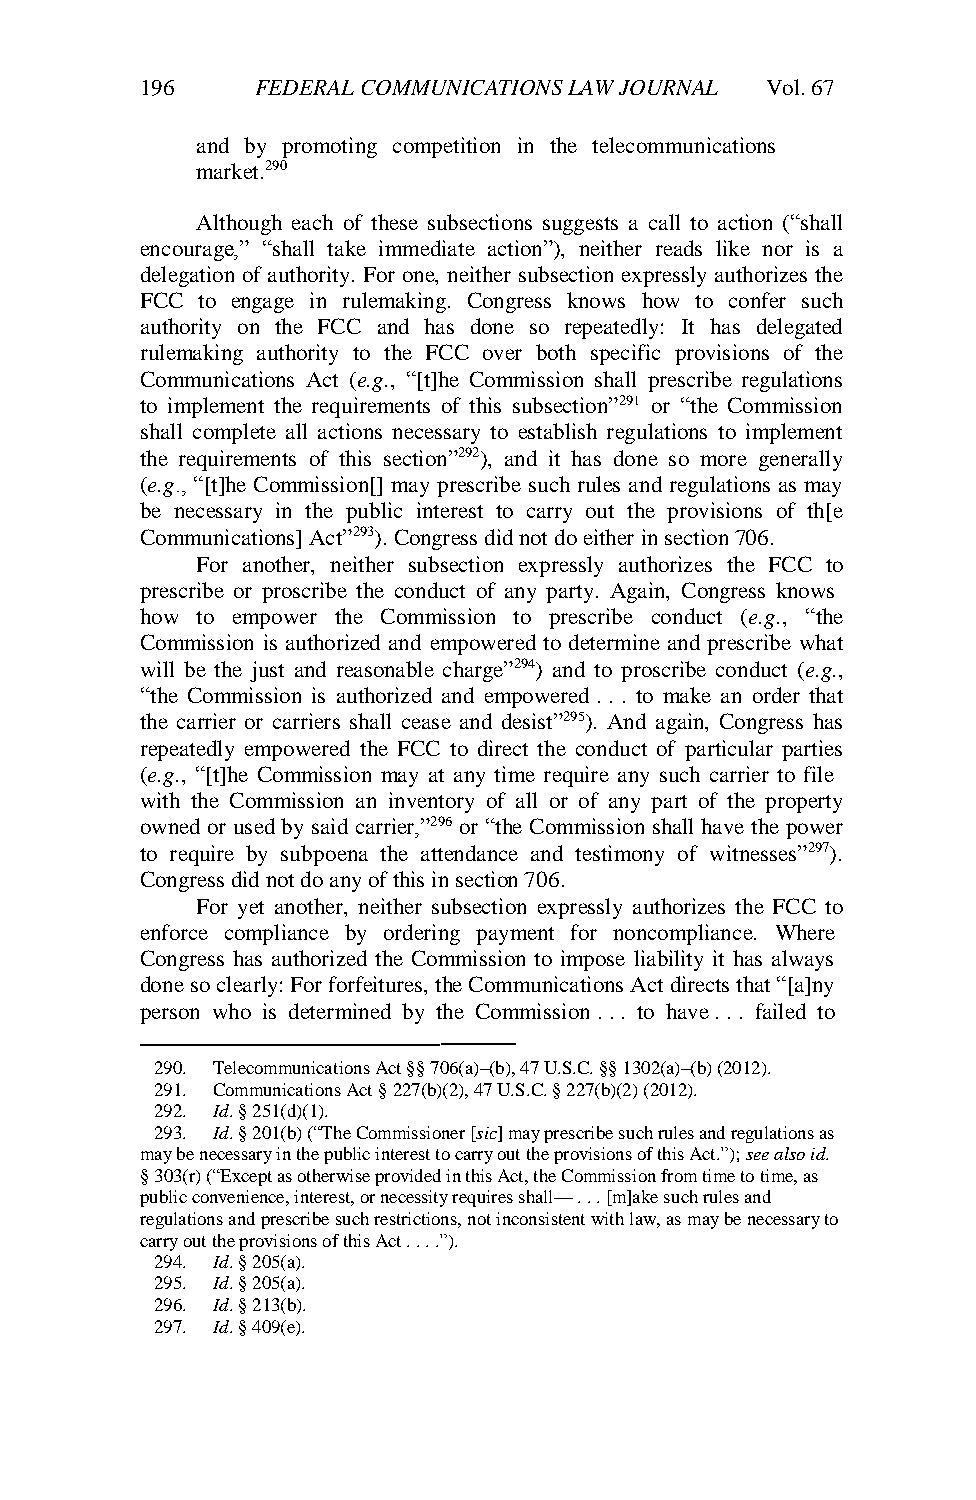
196     FEDERAL COMMUNICATIONS LAW JOURNAL Vol. 67
 and by promoting competition in the telecommunications
 market.290
 Although each of these subsections suggests a call to action (“shall
 encourage,” “shall take immediate action”), neither reads like nor is a
 delegation of authority. For one, neither subsection expressly authorizes the
 FCC to engage in rulemaking. Congress knows how to confer such
 authority on the FCC and has done so repeatedly: It has delegated
 rulemaking authority to the FCC over both specific provisions of the
 Communications Act (e.g., “[t]he Commission shall prescribe regulations
 to implement the requirements of this subsection”291 or “the Commission
 shall complete all actions necessary to establish regulations to implement
 the requirements of this section”292), and it has done so more generally
 (e.g., “[t]he Commission[] may prescribe such rules and regulations as may
 be necessary in the public interest to carry out the provisions of th[e
 Communications] Act”293). Congress did not do either in section 706.
 For another, neither subsection expressly authorizes the FCC to
 prescribe or proscribe the conduct of any party. Again, Congress knows
 how to empower the Commission to prescribe conduct (e.g., “the
 Commission is authorized and empowered to determine and prescribe what
 will be the just and reasonable charge”294) and to proscribe conduct (e.g.,
 “the Commission is authorized and empowered . . . to make an order that
 the carrier or carriers shall cease and desist”295). And again, Congress has
 repeatedly empowered the FCC to direct the conduct of particular parties
 (e.g., “[t]he Commission may at any time require any such carrier to file
 with the Commission an inventory of all or of any part of the property
 owned or used by said carrier,”296 or “the Commission shall have the power
 to require by subpoena the attendance and testimony of witnesses”297).
 Congress did not do any of this in section 706.
 For yet another, neither subsection expressly authorizes the FCC to
 enforce compliance by ordering payment for noncompliance. Where
 Congress has authorized the Commission to impose liability it has always
 done so clearly: For forfeitures, the Communications Act directs that “[a]ny
 person who is determined by the Commission . . . to have . . . failed to
 ———
 290. Telecommunications Act §§ 706(a)–(b), 47 U.S.C. §§ 1302(a)–(b) (2012).
 291. Communications Act § 227(b)(2), 47 U.S.C. § 227(b)(2) (2012).
 292. Id. § 251(d)(1).
 293. Id. § 201(b) (“The Commissioner [sic] may prescribe such rules and regulations as
 may be necessary in the public interest to carry out the provisions of this Act.”); see also id.
 § 303(r) (“Except as otherwise provided in this Act, the Commission from time to time, as
 public convenience, interest, or necessity requires shall— . . . [m]ake such rules and
 regulations and prescribe such restrictions, not inconsistent with law, as may be necessary to
 carry out the provisions of this Act . . . .”).
 294. Id. § 205(a).
 295. Id. § 205(a).
 296. Id. § 213(b).
 297. Id. § 409(e).